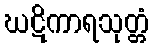
ဃဋိကာရသုတ္တံ